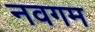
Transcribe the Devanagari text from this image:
नवगम